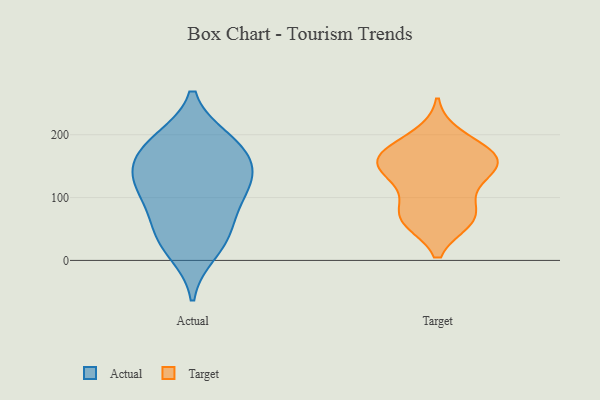
{"axis": {"x": "Latency (ms)", "y": "Value"}, "legend": ["Actual", "Target"], "data": [{"x": "", "y": 191, "type": "Actual"}, {"x": "", "y": 137, "type": "Actual"}, {"x": "", "y": 137, "type": "Actual"}, {"x": "", "y": 80, "type": "Actual"}, {"x": "", "y": 180, "type": "Actual"}, {"x": "", "y": 115, "type": "Actual"}, {"x": "", "y": 105, "type": "Actual"}, {"x": "", "y": 187, "type": "Actual"}, {"x": "", "y": 41, "type": "Actual"}, {"x": "", "y": 151, "type": "Actual"}, {"x": "", "y": 41, "type": "Actual"}, {"x": "", "y": 14, "type": "Actual"}, {"x": "", "y": 68, "type": "Target"}, {"x": "", "y": 157, "type": "Target"}, {"x": "", "y": 150, "type": "Target"}, {"x": "", "y": 163, "type": "Target"}, {"x": "", "y": 64, "type": "Target"}, {"x": "", "y": 134, "type": "Target"}, {"x": "", "y": 174, "type": "Target"}, {"x": "", "y": 113, "type": "Target"}, {"x": "", "y": 149, "type": "Target"}, {"x": "", "y": 198, "type": "Target"}, {"x": "", "y": 72, "type": "Target"}, {"x": "", "y": 68, "type": "Target"}, {"x": "", "y": 170, "type": "Target"}]}